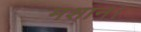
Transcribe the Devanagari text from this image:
मशान।